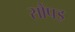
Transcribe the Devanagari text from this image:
सौंपइ